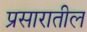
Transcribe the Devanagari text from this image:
प्रसारातील